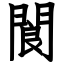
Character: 閬